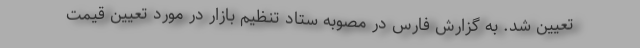
تعیین شد. به گزارش فارس در مصوبه ستاد تنظیم بازار در مورد تعیین قیمت